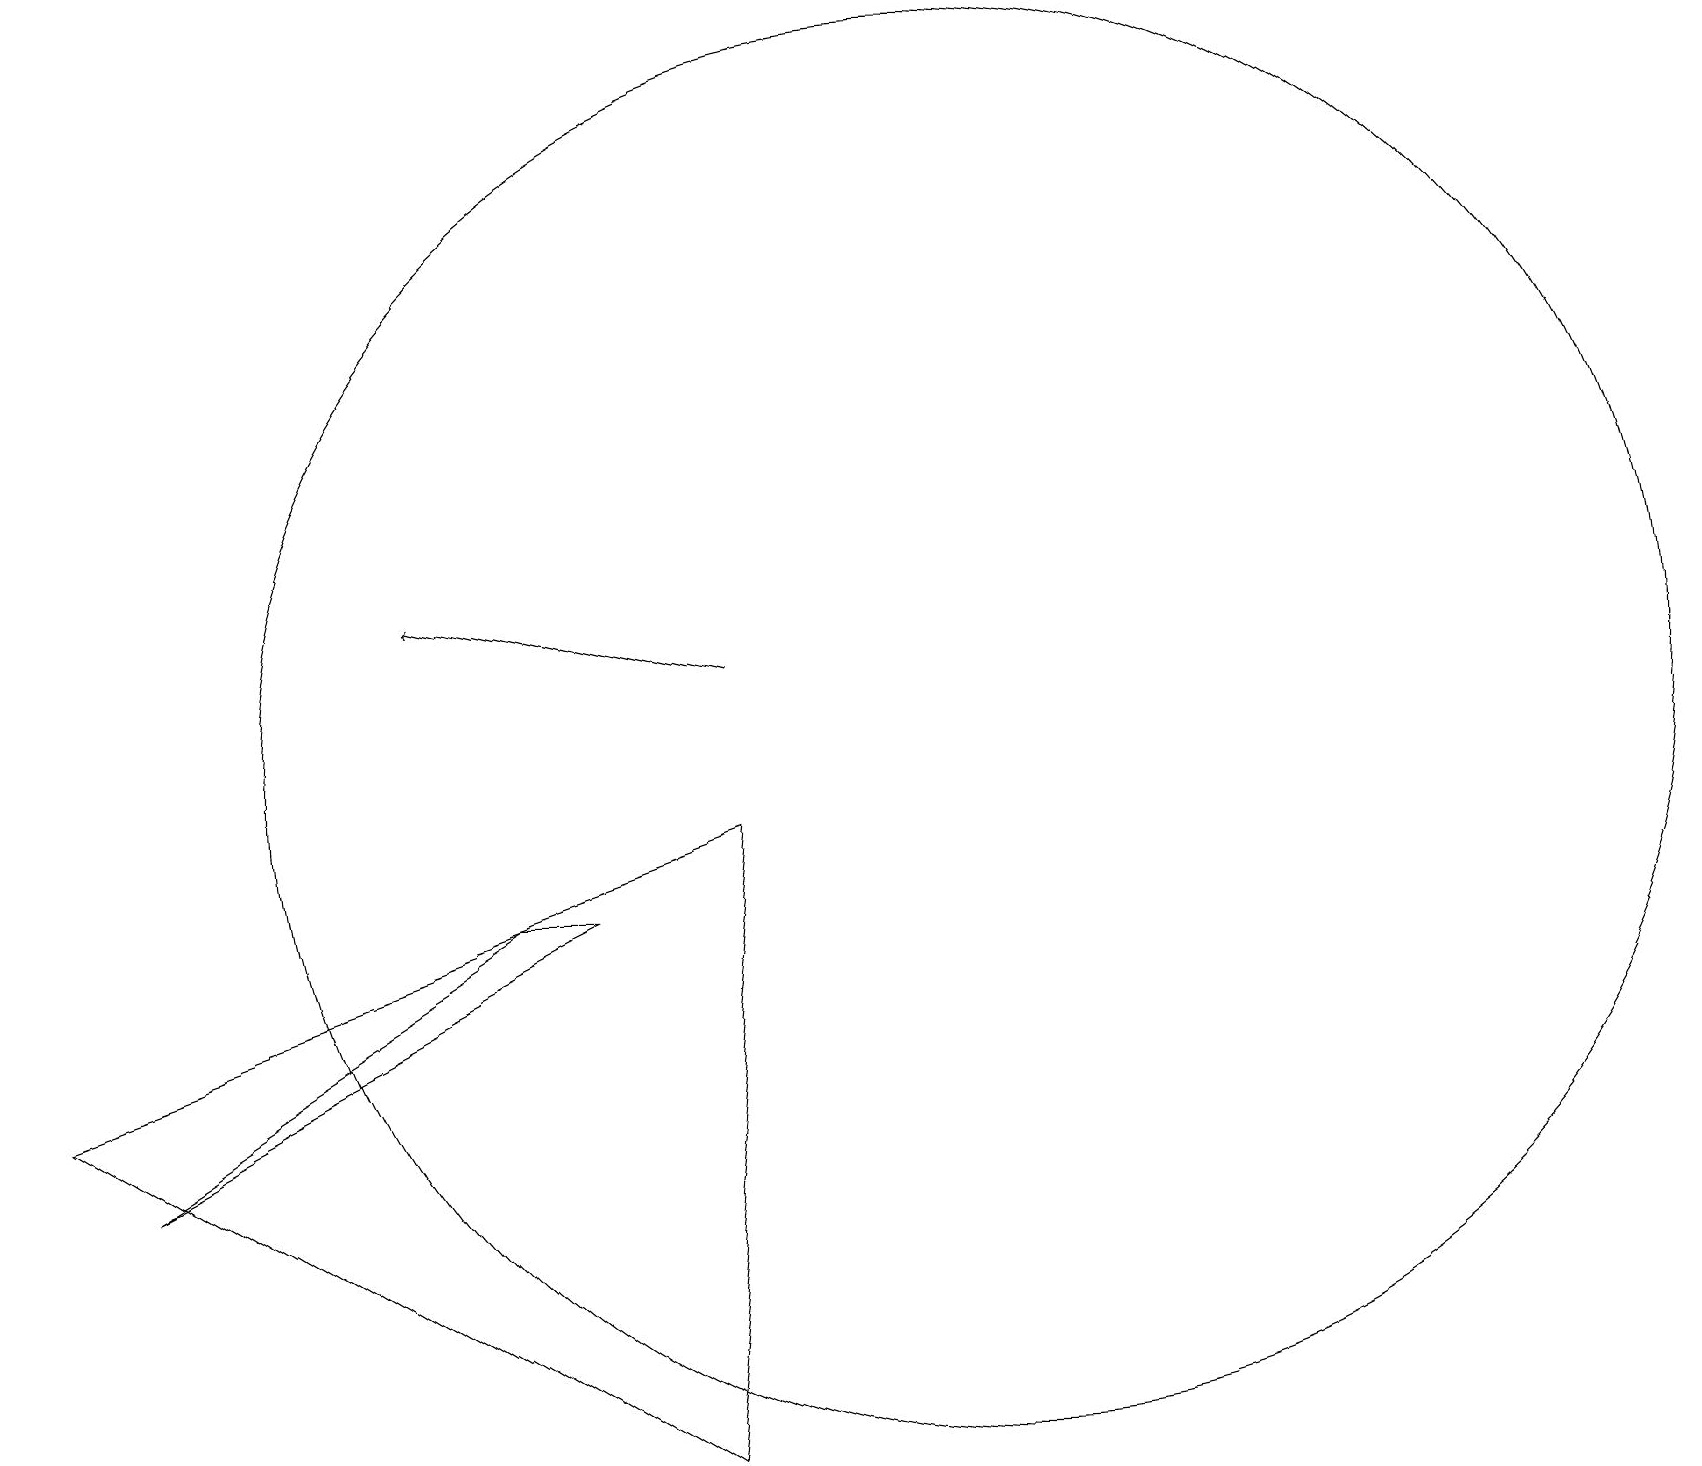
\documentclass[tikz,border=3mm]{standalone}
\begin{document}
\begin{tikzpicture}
\draw[->] (9,11) -- (5,12);
\draw (12,10) circle (9);
\draw (9,9) -- (8,1) -- (0,6) -- cycle;
\draw (7,8) -- (6,8) -- (1,5) -- cycle;
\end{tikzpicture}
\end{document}